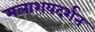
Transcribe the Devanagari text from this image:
मलाशयदर्शन